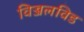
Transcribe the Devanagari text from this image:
विज्जलविड